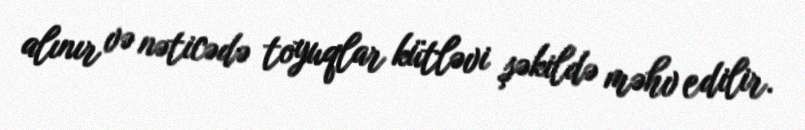
alınır və nəticədə toyuqlar kütləvi şəkildə məhv edilir.